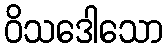
ဝိသဒေါသော